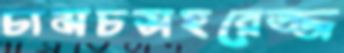
চামচসহরেজ্জ